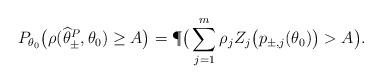
LaTeX: \begin{align*}P_{\theta_0} \big(\rho(\widehat \theta_\pm^P, \theta_0) \geq A \big)= \P\big( \sum_{j=1}^m \rho_j Z_j\big(p_{\pm, j}(\theta_0)\big) > A\big).\end{align*}